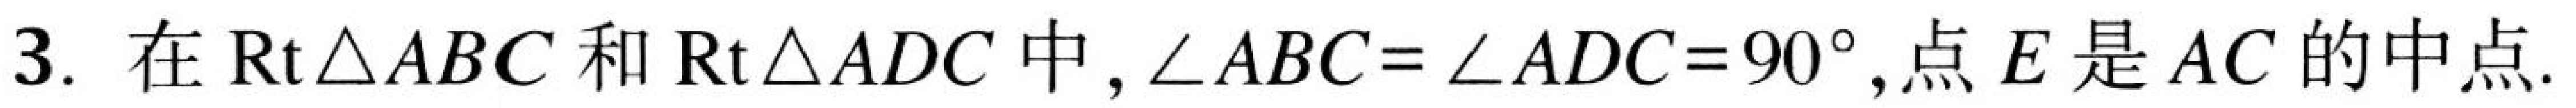
3. 在$\mathrm{Rt}\triangle ABC$和$\mathrm{Rt}\triangle ADC$中，$\angle ABC=\angle ADC = 90^{\circ}$，点$E$是$AC$的中点.